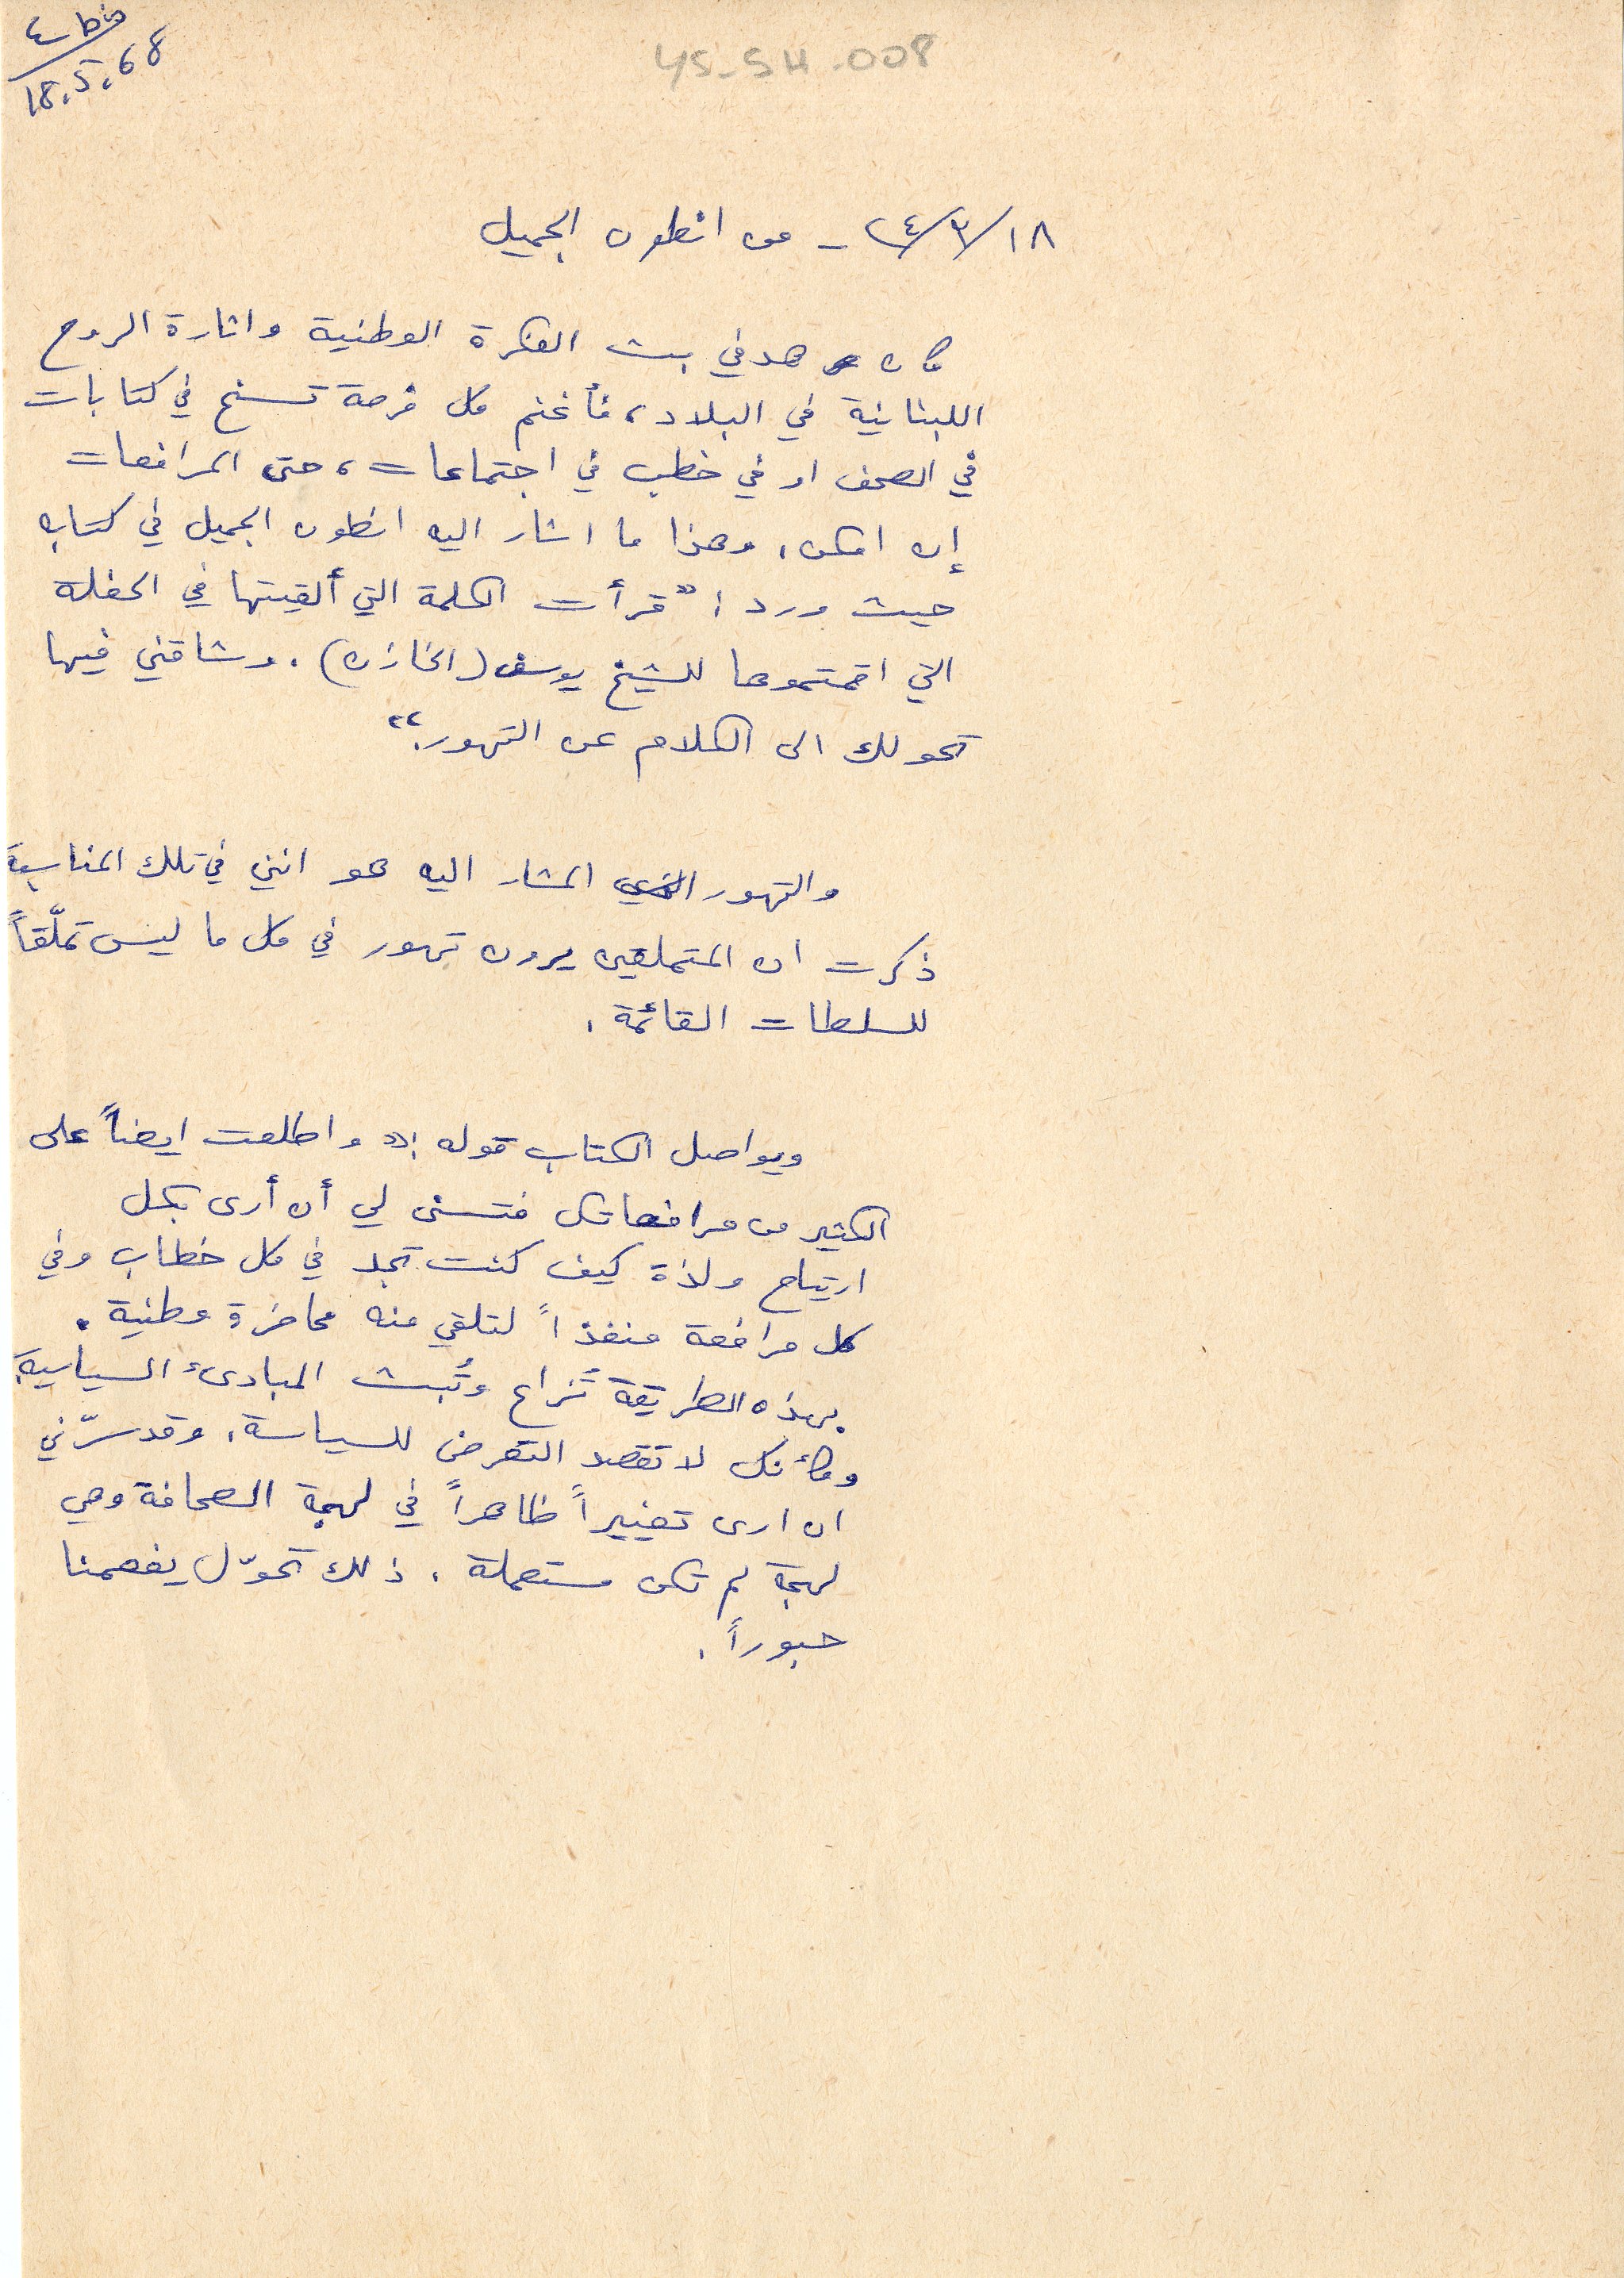
YS-5H-008
18. 5. 68
١٨/ ٣/ ٢٤ - من انطون الجميل
كان هدفي بث الفكرة الوطنية واثارة الروح
اللبنانية في البلاد، فأغنم كل فرصة تسنح في كتابات
في الصحف او في خطب في اجتماعات، حتى المرافعات
إن امكن، وهذا ما اشار اليه انطون الجميل في كتابه
حيث ورد: "قرأت الكلمة التي القيتها في الحفلة
التي اقمتموها للشيخ يوسف (الخازن). وشاقني فيها
تحولك الى الكلام عن التهور."
والتهور المشار اليه هو انني في تلك المناسبة
ذكرت ان المتملقين يرون تهور في كل ما ليس تملّقاً
للسلطات القائمة.
ويواصل الكتاب قوله:" واطلعت ايضا على
الكثير من مرافعاتك فتسنى لي أن أرى بكل
ارتياح ولذة كيف كنت تجد في كل خطاب وفي
كل مرافعة منفذاً لتلقي منه محاضرة وطنية.
بهذه الطريقة تُزاع وتُبث المبادئ السياسية.
وكأنك لا تقصد التعرض للسياسة. وقد سرّني
ان ارى تغييراً ظاهراً في لهجة الصحافة وهي
لهجة لم تكن مستعملة. ذلك تحوّل يفعمنا
حبوراً